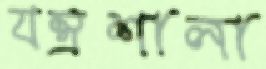
যন্ত্রশালা